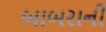
બાબરાની